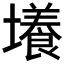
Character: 𡒶